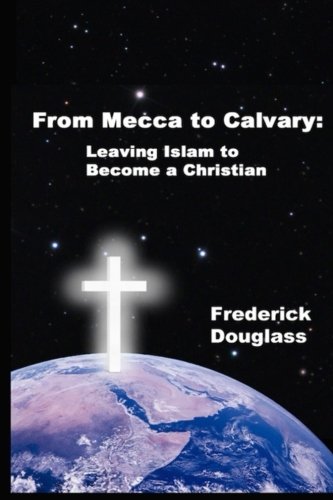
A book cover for From Mecca to Calvary: Leaving Islam to Become a Christian; Frederick Douglass; Religion & Spirituality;